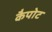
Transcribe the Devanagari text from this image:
कैपोट